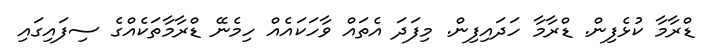
ޑްރާމާ ކުޅެފިން. ޑްރާމާ ހަދައިފިން. މިފަދަ އެތައް ވާހަކައެއް ހިމެނޭ ޑްރާމާތަކެއްގެ ސިފައިގައި